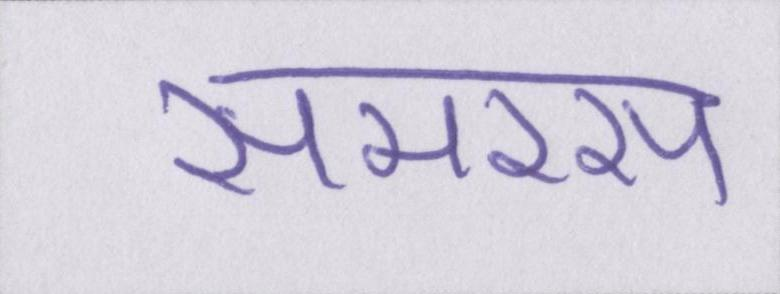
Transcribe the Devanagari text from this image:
समरस